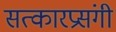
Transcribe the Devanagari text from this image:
सत्कारप्रसंगी